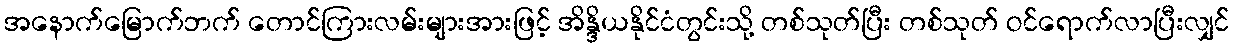
အနောက်မြောက်ဘက် တောင်ကြားလမ်းများအားဖြင့် အိန္ဒိယနိုင်ငံတွင်းသို့ တစ်သုတ်ပြီး တစ်သုတ် ဝင်ရောက်လာပြီးလျှင်